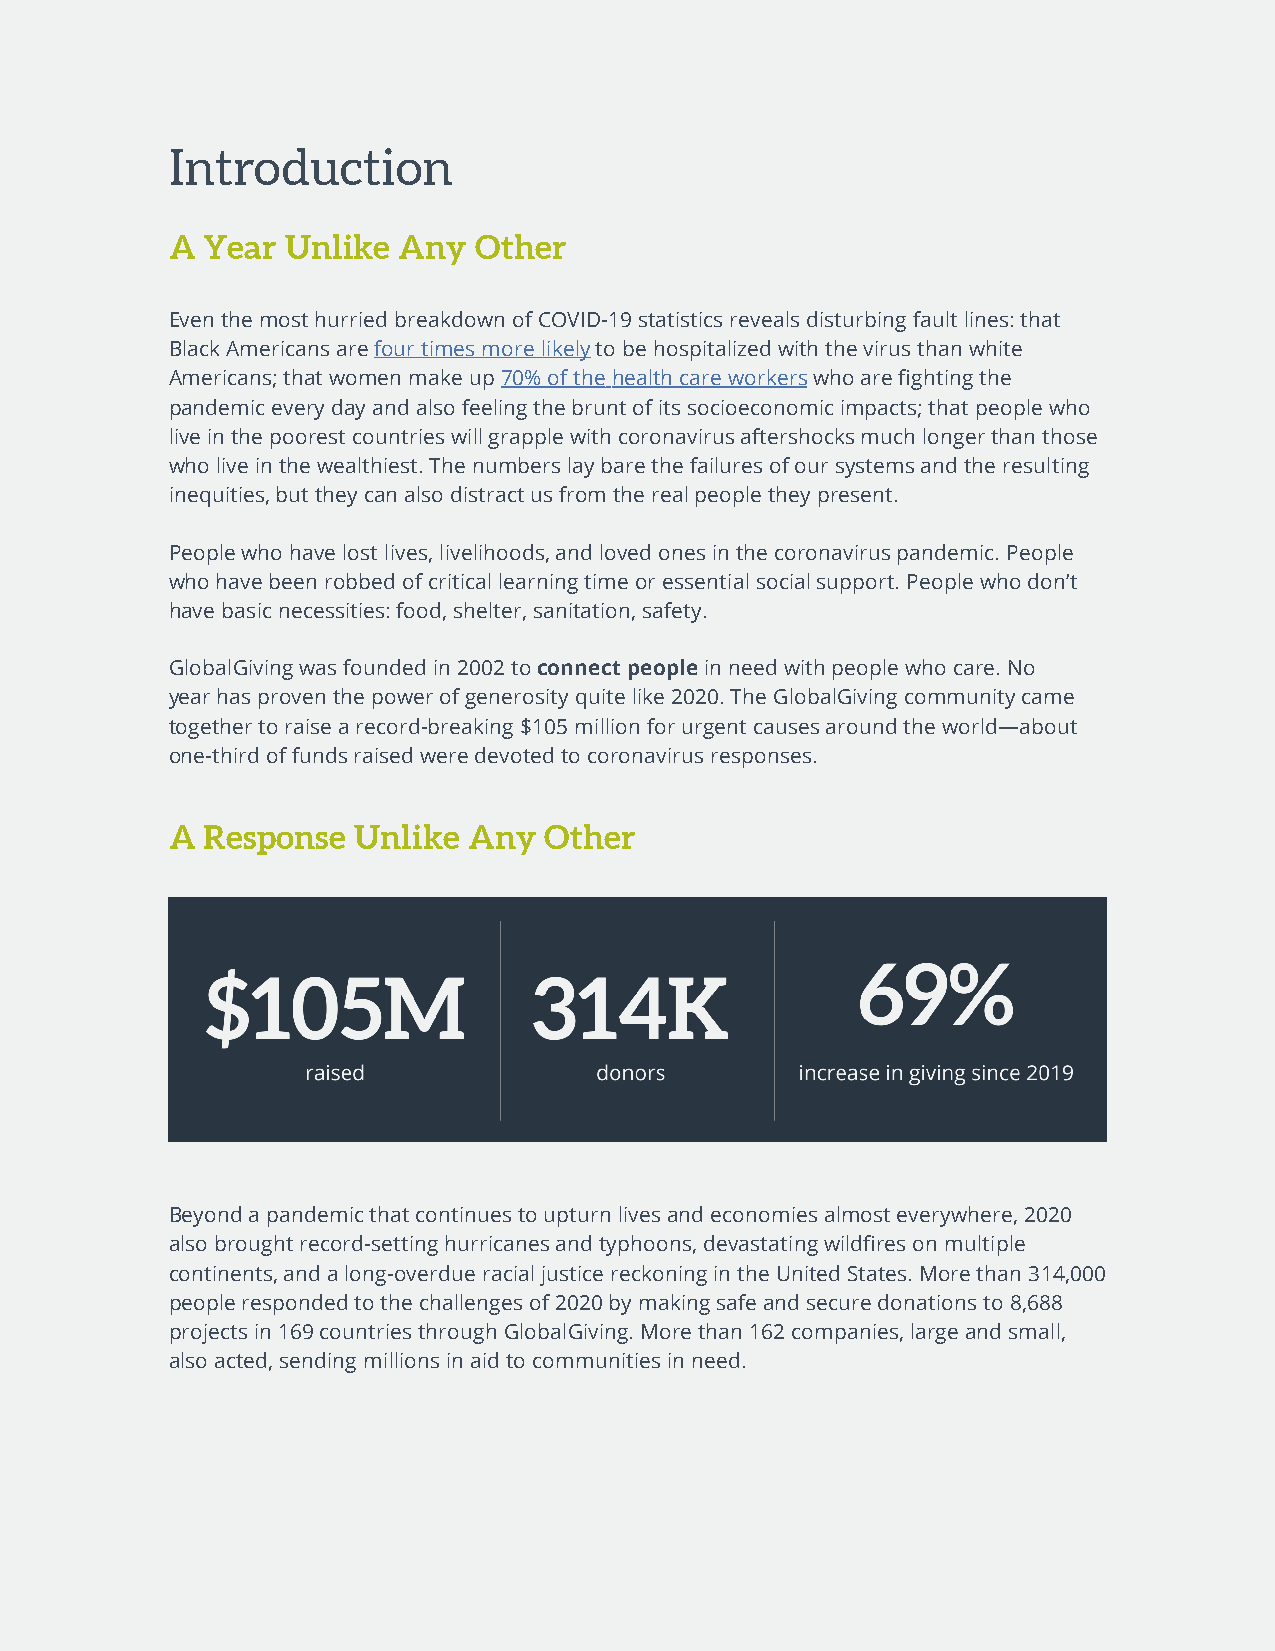
Introduction
 A Year  Unlike Any  Other
 Even the most hurried breakdown of COVID-19 statistics reveals disturbing fault lines: that
 Black Americans are four times more likely to be hospitalized with the virus than white
 Americans; that women make up 70% of the health care workers who are fighting the
 pandemic every day and also feeling the brunt of its socioeconomic impacts; that people who
 live in the poorest countries will grapple with coronavirus aftershocks much longer than those
 who live in the wealthiest. The numbers lay bare the failures of our systems and the resulting
 inequities, but they can also distract us from the real people they present.
 People who have lost lives, livelihoods, and loved ones in the coronavirus pandemic. People
 who have been robbed of critical learning time or essential social support. People who don’t
 have basic necessities: food, shelter, sanitation, safety.
 GlobalGiving was founded in 2002 to connect people in need with people who care. No
 year has proven the power of generosity quite like 2020. The GlobalGiving community came
 together to raise a record-breaking $105 million for urgent causes around the world—about
 one-third of funds raised were devoted to coronavirus responses.
 A Response  Unlike  Any  Other
 Beyond a pandemic that continues to upturn lives and economies almost everywhere, 2020
 also brought record-setting hurricanes and typhoons, devastating wildfires on multiple
 continents, and a long-overdue racial justice reckoning in the United States. More than 314,000
 people responded to the challenges of 2020 by making safe and secure donations to 8,688
 projects in 169 countries through GlobalGiving. More than 162 companies, large and small,
 also acted, sending millions in aid to communities in need.
 REPORT 2020   3